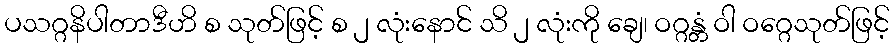
ပသဂ္ဂနိပါတာဒီဟိ စ သုတ်ဖြင့် စ ၂ လုံးနောင် သိ ၂ လုံးကို ချေ၊ ဝဂ္ဂန္တံ ဝါ ဝဂ္ဂေသုတ်ဖြင့်